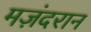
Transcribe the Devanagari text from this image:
मज़ंदरान